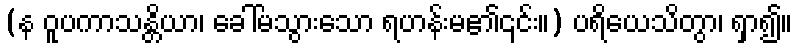
(န ဝူပကာသန္တိယာ၊ ခေါ်မသွားသော ရဟန်းမ၏၎င်း။) ပရိယေသိတွာ၊ ရှာ၍။